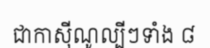
ជាកាស៊ីណូល្បីៗទាំង ៨